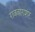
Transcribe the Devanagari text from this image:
राववागशर